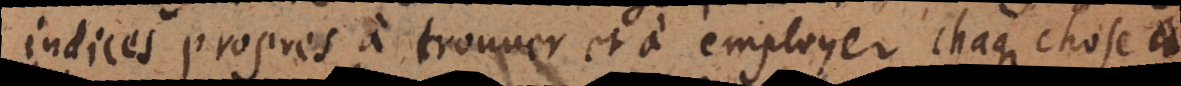
indices propres à trouver et à employer chaque chose